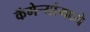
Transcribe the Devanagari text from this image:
कॅमेऱ्यांमध्ये